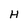
Character: H